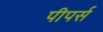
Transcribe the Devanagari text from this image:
पीपर्स